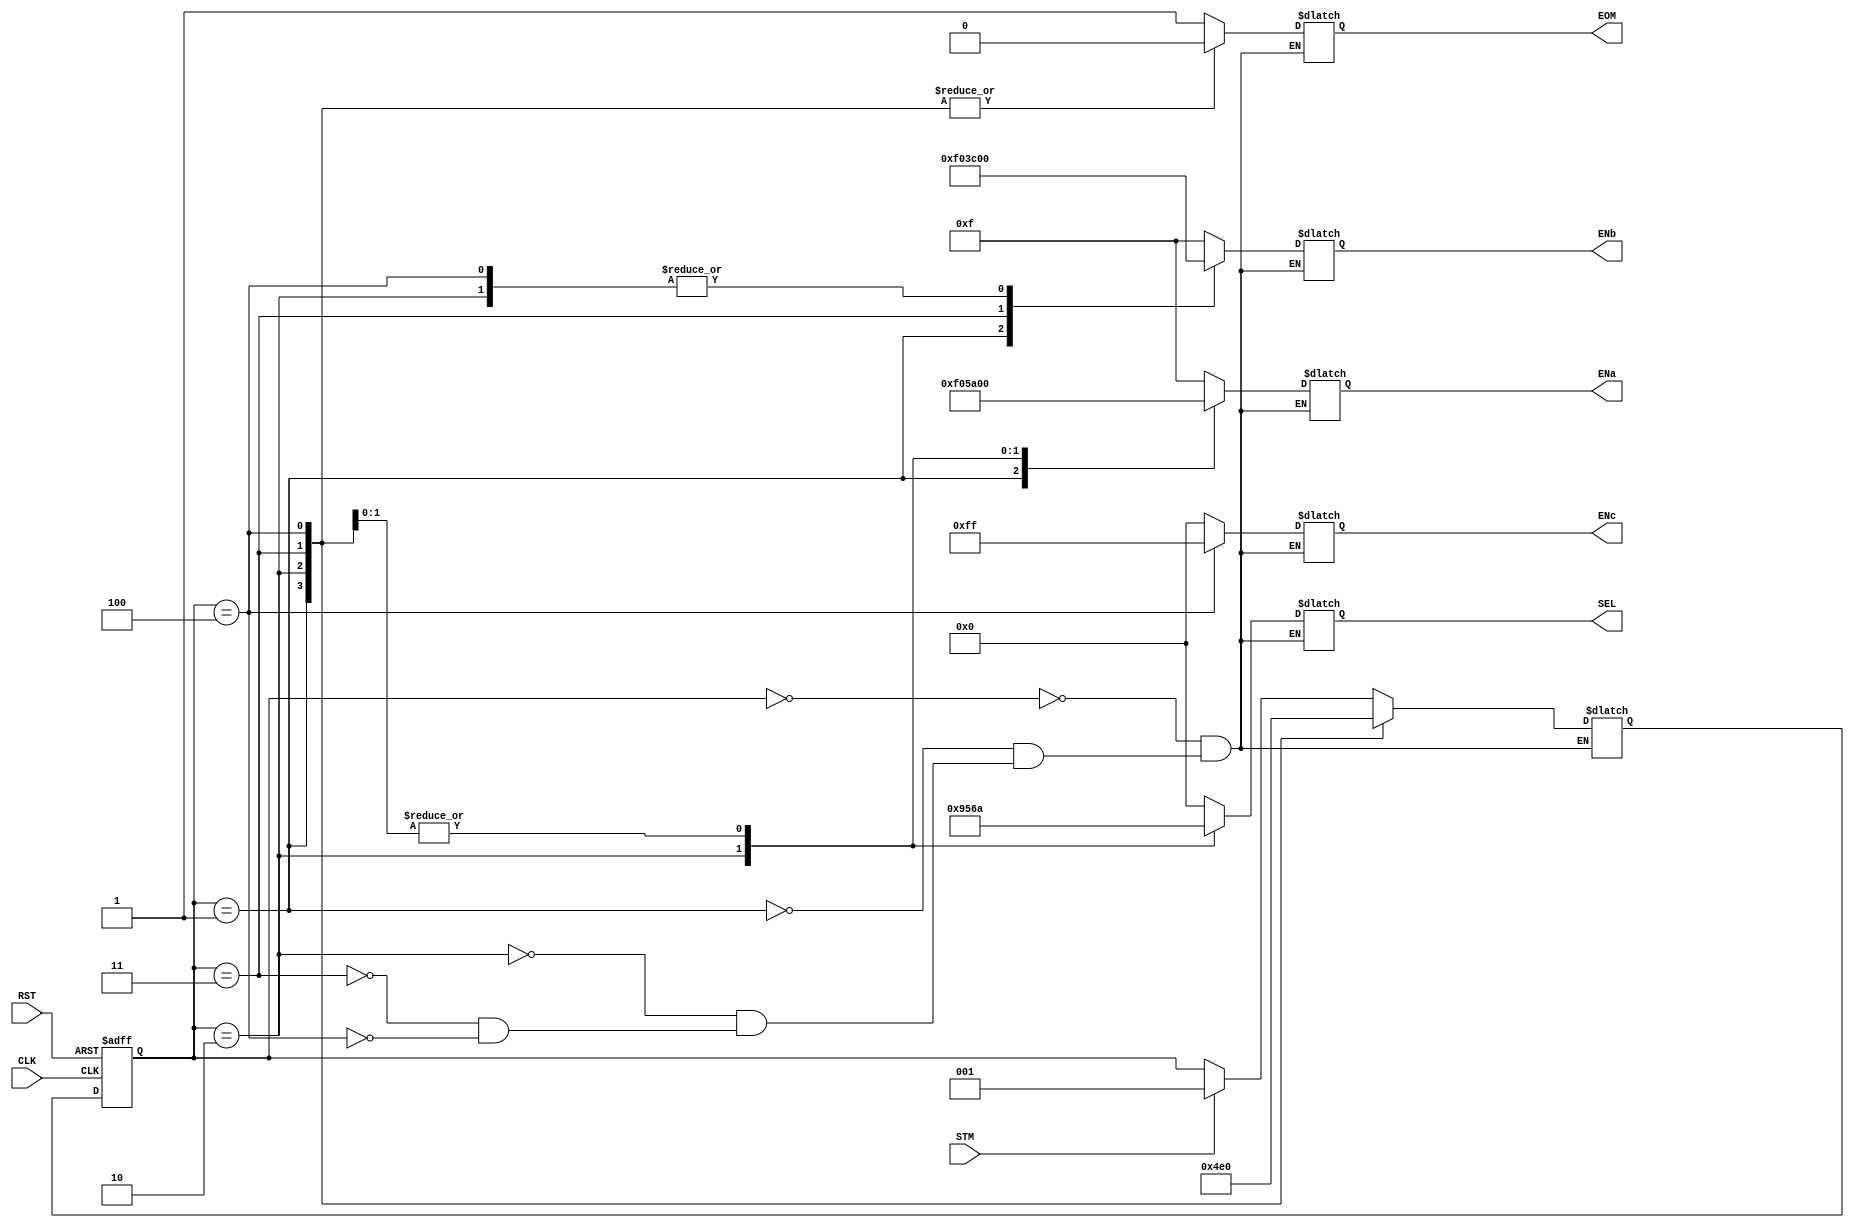
module FSM_Ctrol (
	input				RST,	//	Reset maestro
	input				CLK,	//	Reloj maestro 
	input				STM,	//	Iniciar multiplicacion
	output reg[7:0]		ENa,	//	Habilitaciones Ra 
	output reg[7:0]		ENb,	//	Habilitaciones Rb
	output reg[7:0]		ENc,	//	Habilitaciones Rc
	output reg[7:0]		SEL,	//	Selectores Mux
	output reg			EOM		//	Fin de multiplicacion
	);	 
	
	reg[2:0]	Qp,Qn;
	
	always @ *
	begin : Combinacional
		case (Qp)
			3'b000 : begin	//	Idle 
				if (STM)
					Qn = 3'b001;
				else
					Qn = Qp;
				ENa = 8'b00001111;
				ENb = 8'b00001111;
				ENc = 8'b00000000; 
				SEL = 8'b00000000;
				EOM = 1'b1;
			end
			3'b001 : begin 
				Qn  = 3'b010;
				ENa = 8'b11110000;
				ENb = 8'b11110000;
				ENc = 8'b00000000; 
				SEL = 8'b00000000; 
				EOM = 1'b0;
			end
			3'b010 : begin 
				Qn  = 3'b011;
				ENa = 8'b01011010;
				ENb = 8'b00000000;
				ENc = 8'b00000000;  
				SEL = 8'b10010101;
				EOM = 1'b0;
			end
			3'b011 : begin 
				Qn  = 3'b100;
				ENa = 8'b00000000;
				ENb = 8'b00111100;
				ENc = 8'b00000000; 
				SEL = 8'b01101010;
				EOM = 1'b0;
			end	 
			3'b100 : begin 
				Qn  = 3'b000;
				ENa = 8'b00000000;
				ENb = 8'b00000000;
				ENc = 8'b11111111; 	  
				SEL = 8'b01101010;
				EOM = 1'b0;
			end
		endcase
	end
	
	always @ (posedge RST or posedge CLK)
	begin : Secuencial
		if (RST)
			Qp <= 0;
		else
			Qp <= Qn;
	end
	
endmodule